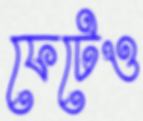
ফেটেও